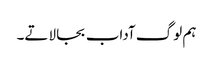
ہم لوگ آداب بجا لاتے۔